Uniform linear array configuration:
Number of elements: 32
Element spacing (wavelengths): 0.75
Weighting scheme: hann
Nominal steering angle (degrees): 0
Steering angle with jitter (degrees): -0.602
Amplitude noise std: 0.05
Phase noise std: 0.05

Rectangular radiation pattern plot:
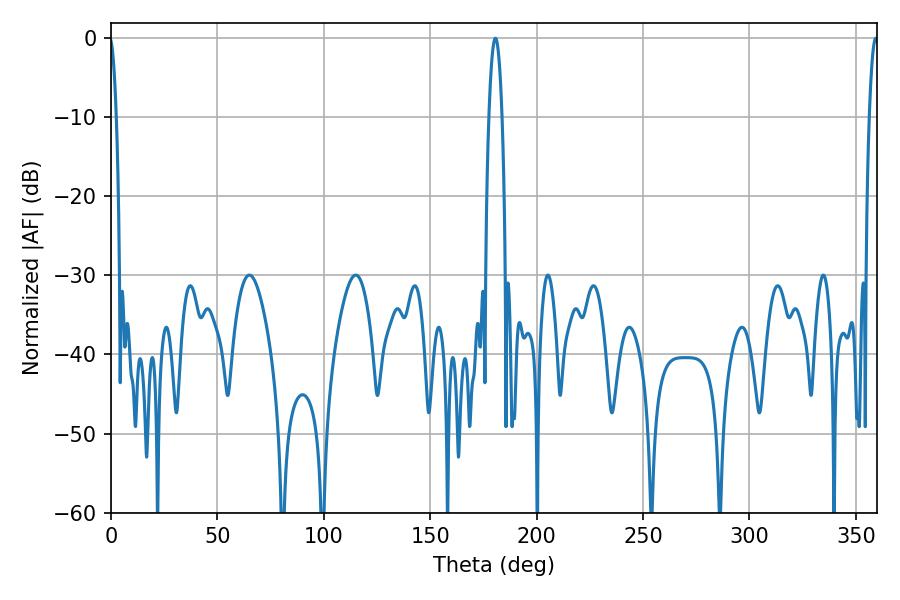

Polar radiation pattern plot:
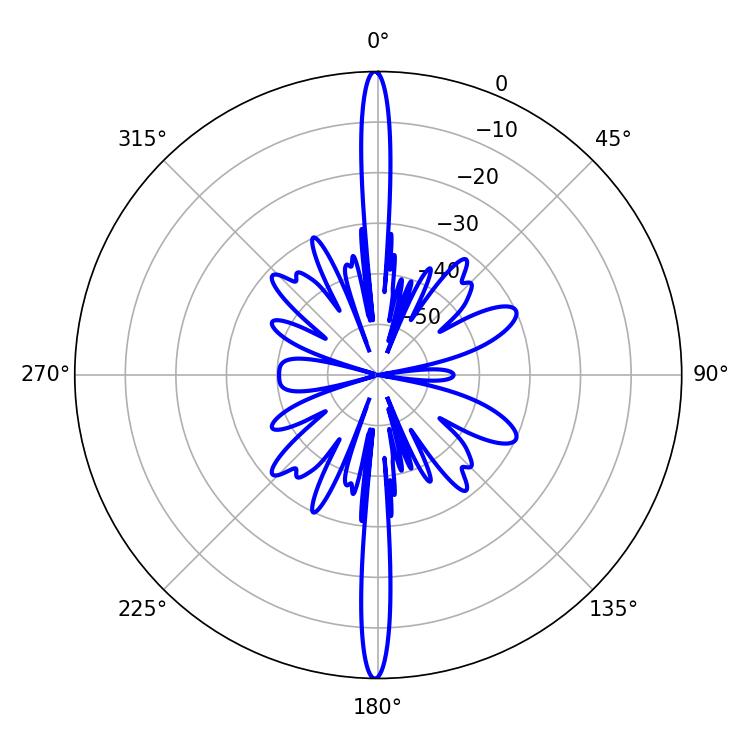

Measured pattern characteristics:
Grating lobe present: TRUE
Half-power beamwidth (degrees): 3.42
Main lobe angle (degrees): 180.54